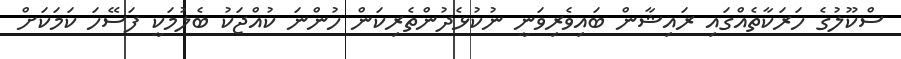
ސްކޫލުގެ ހަރަކާތެއްގައި ރައިޝާން ބައިވެރިވަނީ ނުކުޅެދުންތެރިކަން ހުންނަ ކުއްޖަކު ބެލުމަކީ ފަސޭހަ ކަމަކަށް